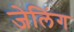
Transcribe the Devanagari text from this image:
जेलिंग